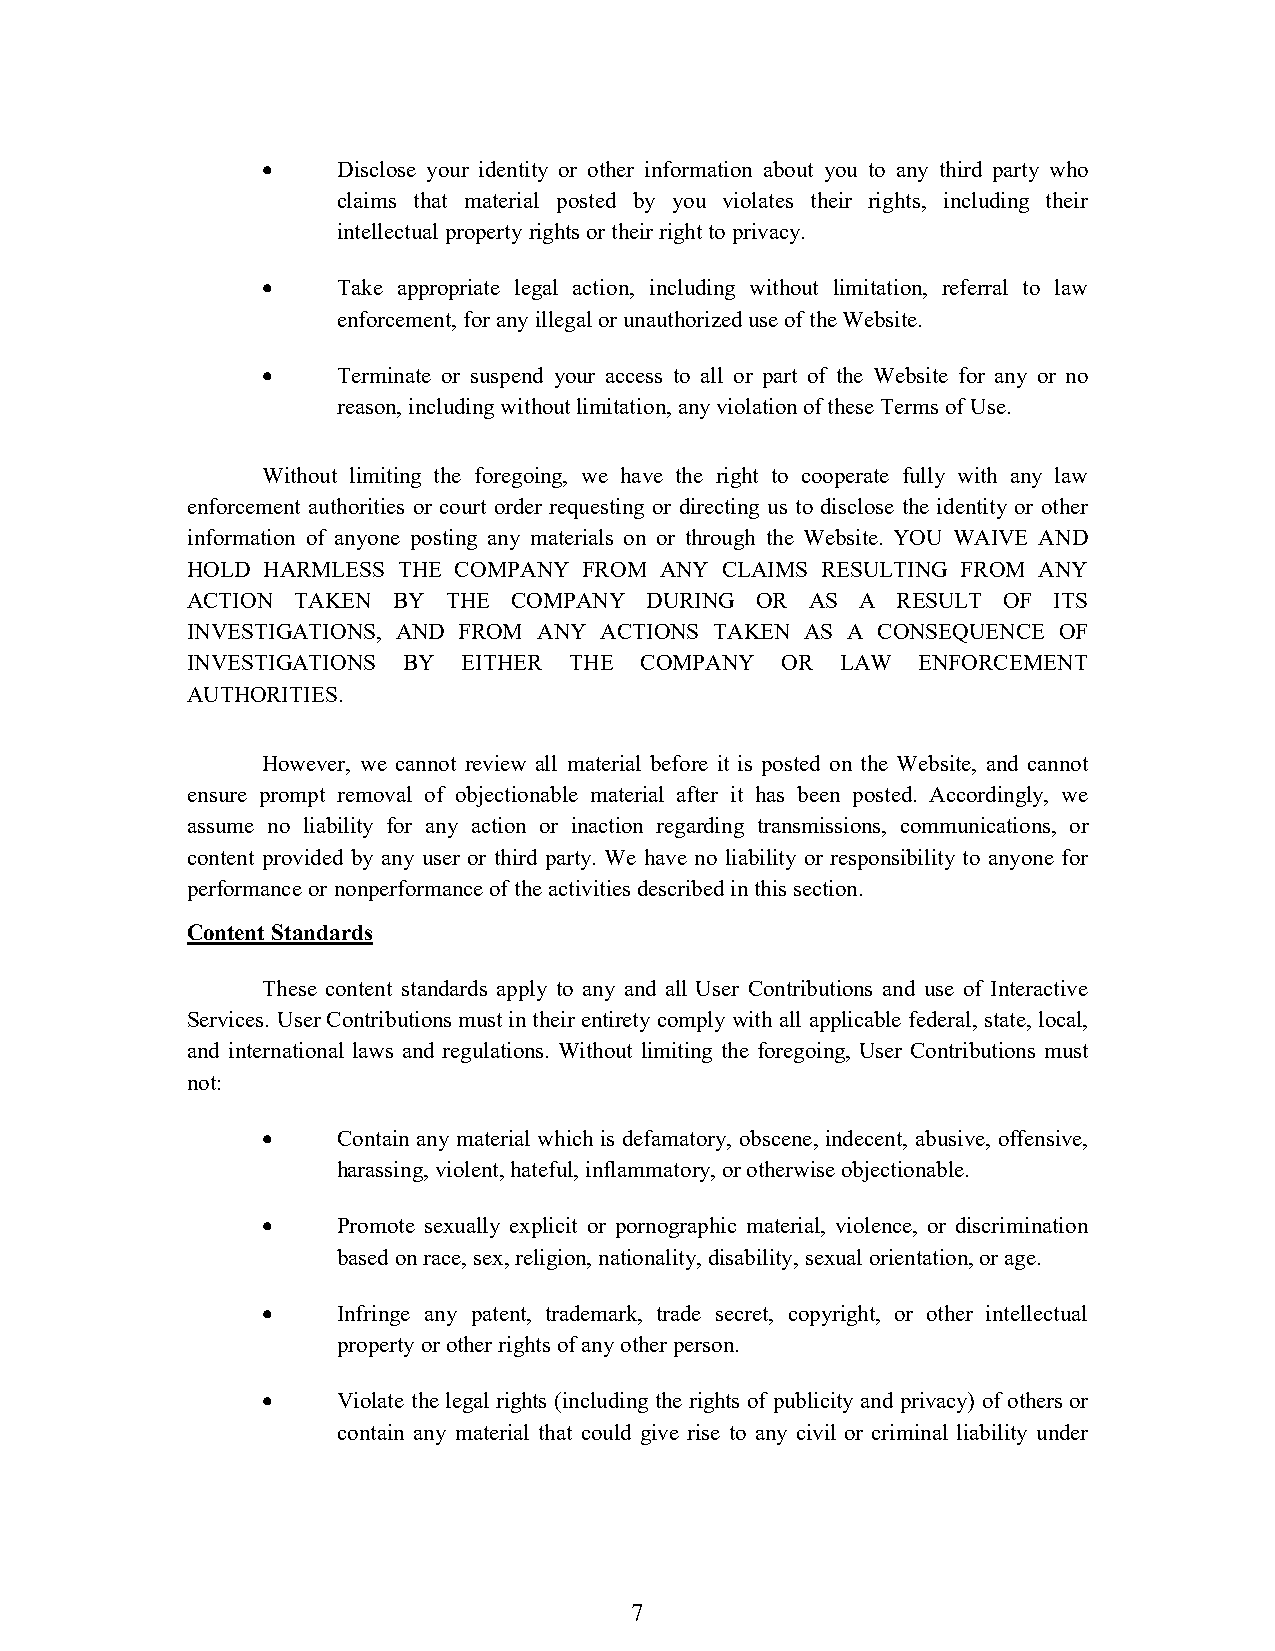
•    Disclose your identity or other information about you to any third party who
 claims that material posted by you violates their rights, including their
 intellectual property rights or their right to privacy.
 •    Take appropriate legal action, including without limitation, referral to law
 enforcement, for any illegal or unauthorized use of the Website.
 •    Terminate or suspend your access to all or part of the Website for any or no
 reason, including without limitation, any violation of these Terms of Use.
 Without limiting the foregoing, we have the right to cooperate fully with any law
 enforcement authorities or court order requesting or directing us to disclose the identity or other
 information of anyone posting any materials on or through the Website. YOU WAIVE AND
 HOLD HARMLESS THE COMPANY  FROM ANY CLAIMS RESULTING FROM ANY
 ACTION TAKEN  BY  THE COMPANY  DURING OR  AS A RESULT OF  ITS
 INVESTIGATIONS, AND FROM ANY ACTIONS TAKEN AS A CONSEQUENCE OF
 INVESTIGATIONS BY  EITHER THE COMPANY   OR  LAW  ENFORCEMENT
 AUTHORITIES.
 However, we cannot review all material before it is posted on the Website, and cannot
 ensure prompt removal of objectionable material after it has been posted. Accordingly, we
 assume no liability for any action or inaction regarding transmissions, communications, or
 content provided by any user or third party. We have no liability or responsibility to anyone for
 performance or nonperformance of the activities described in this section.
 Content Standards
 These content standards apply to any and all User Contributions and use of Interactive
 Services. User Contributions must in their entirety comply with all applicable federal, state, local,
 and international laws and regulations. Without limiting the foregoing, User Contributions must
 not:
 •    Contain any material which is defamatory, obscene, indecent, abusive, offensive,
 harassing, violent, hateful, inflammatory, or otherwise objectionable.
 •    Promote sexually explicit or pornographic material, violence, or discrimination
 based on race, sex, religion, nationality, disability, sexual orientation, or age.
 •    Infringe any patent, trademark, trade secret, copyright, or other intellectual
 property or other rights of any other person.
 •    Violate the legal rights (including the rights of publicity and privacy) of others or
 contain any material that could give rise to any civil or criminal liability under
 7